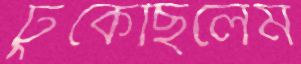
ঢুকেছিলেম